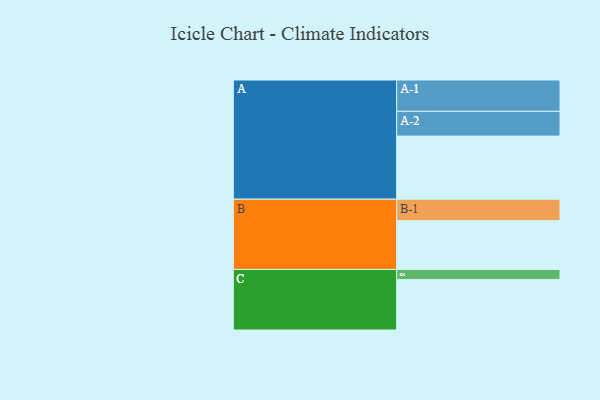
{"axis": {"x": "Segment", "y": "Value"}, "legend": ["", "A", "B", "C"], "data": [{"x": "A", "y": 570, "type": ""}, {"x": "B", "y": 441, "type": ""}, {"x": "C", "y": 457, "type": ""}, {"x": "A-1", "y": 283, "type": "A"}, {"x": "A-2", "y": 224, "type": "A"}, {"x": "B-1", "y": 194, "type": "B"}, {"x": "C-1", "y": 90, "type": "C"}]}